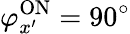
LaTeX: \varphi_{x^{\prime}}^{\mathrm{{ON}}}=90^{\circ}